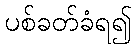
ပစ်ခတ်ခံရ၍